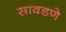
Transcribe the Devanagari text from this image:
सावडणे